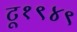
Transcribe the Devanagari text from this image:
टू१९४९